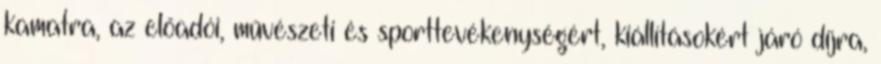
kamatra, az előadói, művészeti és sporttevékenységért, kiállításokért járó díjra,